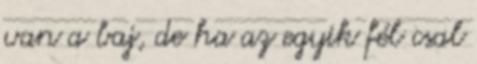
van a baj, de ha az egyik fél csal